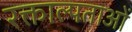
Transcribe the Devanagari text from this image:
रक्ताल्पताओं